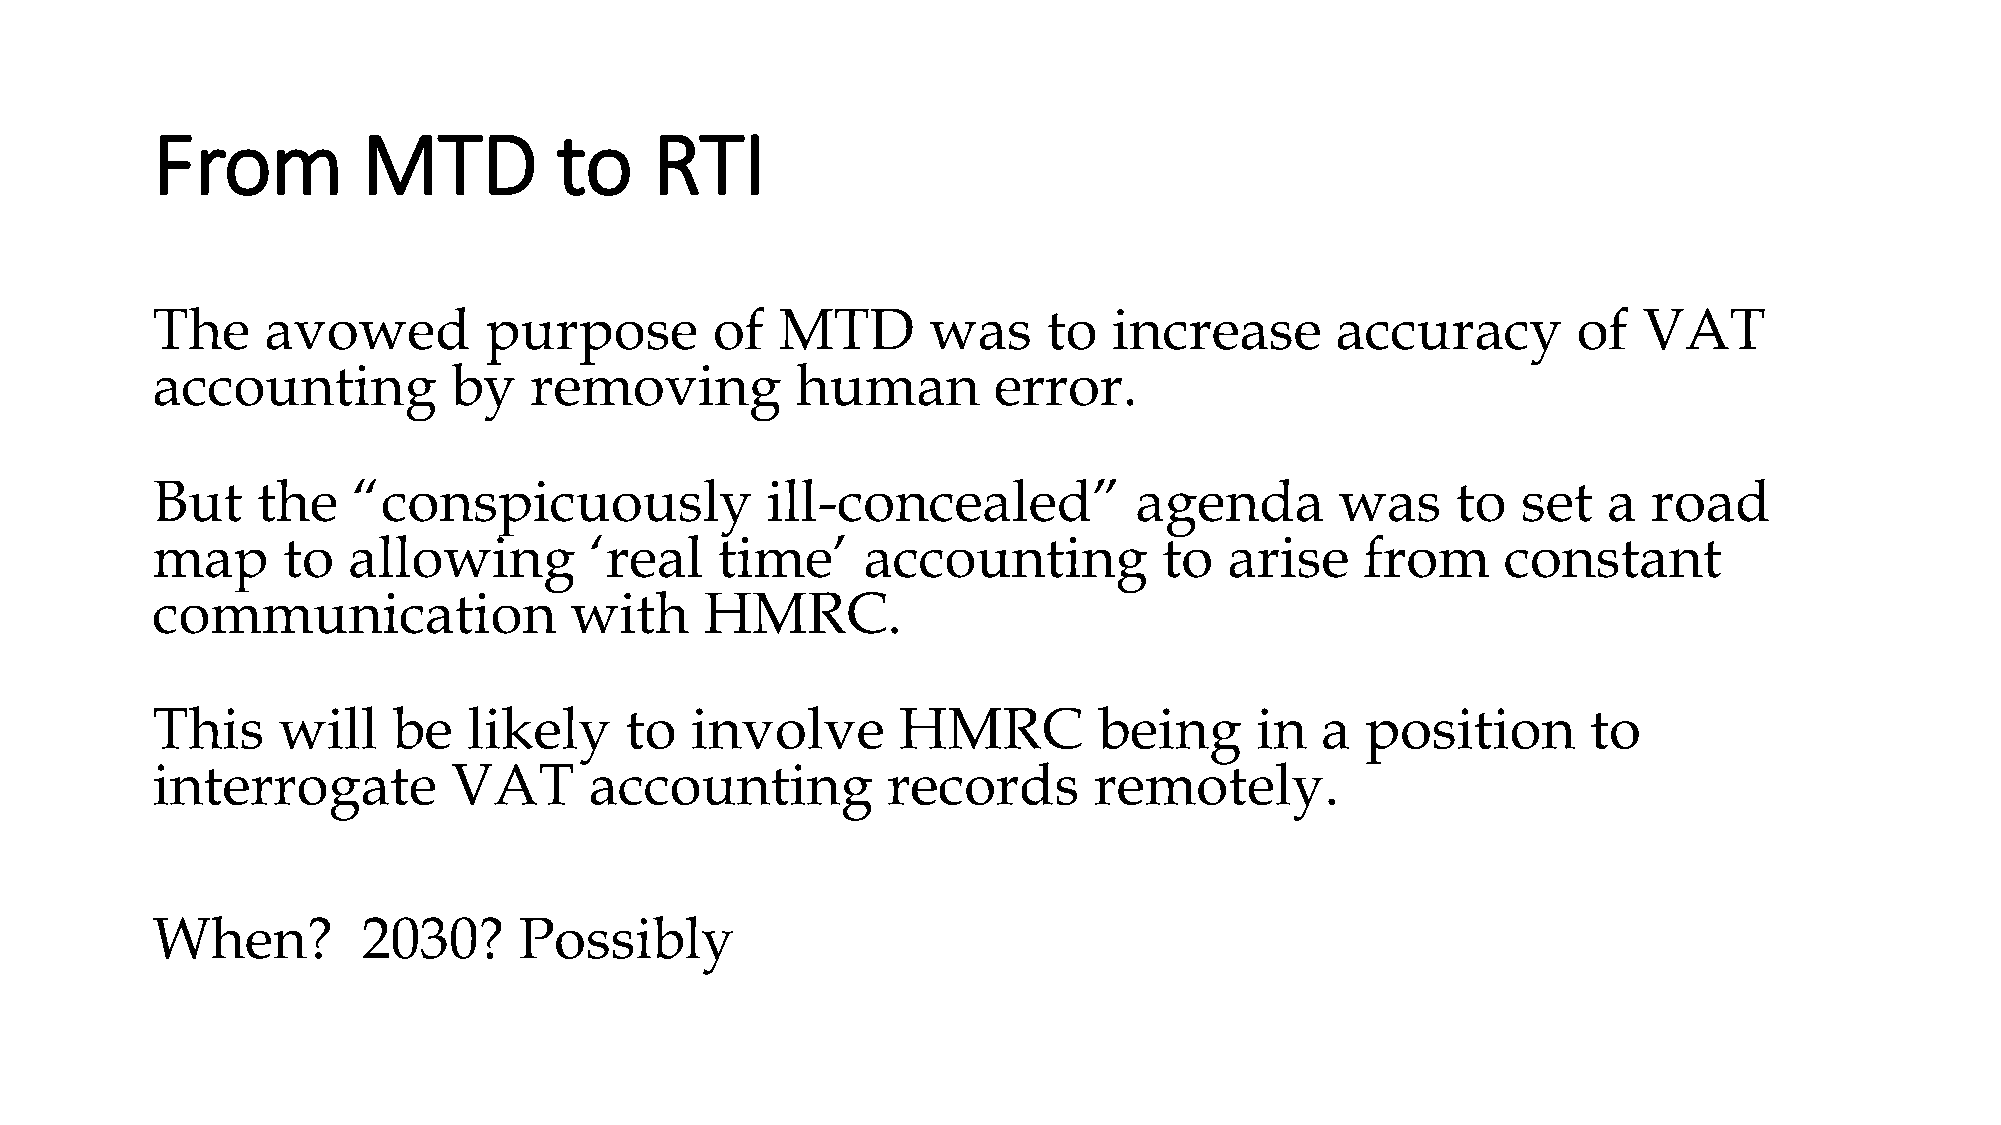
From          MTD          to    RTI
 The     avowed        purpose        of   MTD      was     to   increase      accuracy        of   VAT
 accounting          by   removing          human        error.
 But    the   “conspicuously              ill-concealed”          agenda        was    to   set  a  road
 map      to  allowing        ‘real   time’     accounting          to  arise    from      constant
 communication               with     HMRC.
 This    will    be   likely    to   involve      HMRC          being     in  a  position       to
 interrogate         VAT      accounting          records      remotely.
 When?         2030?     Possibly